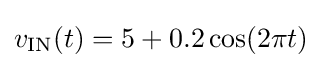
v_{\mathrm {IN} }(t)=5+0.2\cos(2\pi t)